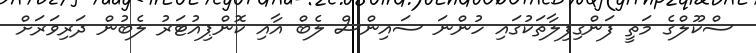
ސްކޫލްގެ މަތީ ފަންގިފިލާތަކުގައި ހުންނަ ސައިންސް ލެބް އާއި ކޮންޕިއުޓަރު ލެބުން ދަރިވަރަށް